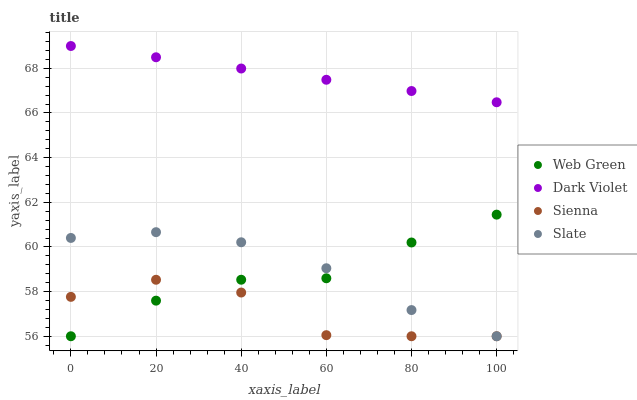
| xaxis_label | Web Green | Dark Violet | Sienna | Slate |
 | --- | --- | --- | --- | --- |
 | 0 | 56 | 69 | 57.8 | 60.4 |
 | 20 | 57.6 | 68.5 | 58.5 | 60.7 |
 | 40 | 58.5 | 68 | 58 | 60.2 |
 | 60 | 58.6 | 67.5 | 56 | 59 |
 | 80 | 60.2 | 67 | 56 | 57.2 |
 | 100 | 61.4 | 66.5 | 56 | 56 |